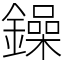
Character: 鐰